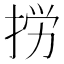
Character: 𢭐